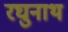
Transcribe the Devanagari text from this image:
रघुनाथ